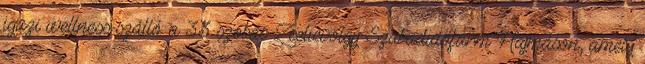
igazi wellness-szálló: a 33 szobás Zselicvölgy Szabadidőfarm Hajmáson, amely